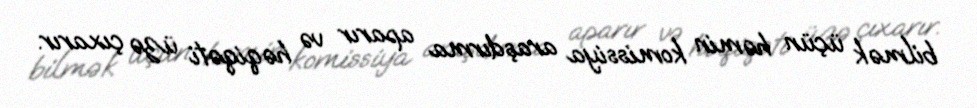
bilmək üçün həmin komissiya araşdırma aparır və həqiqəti üzə çıxarır.